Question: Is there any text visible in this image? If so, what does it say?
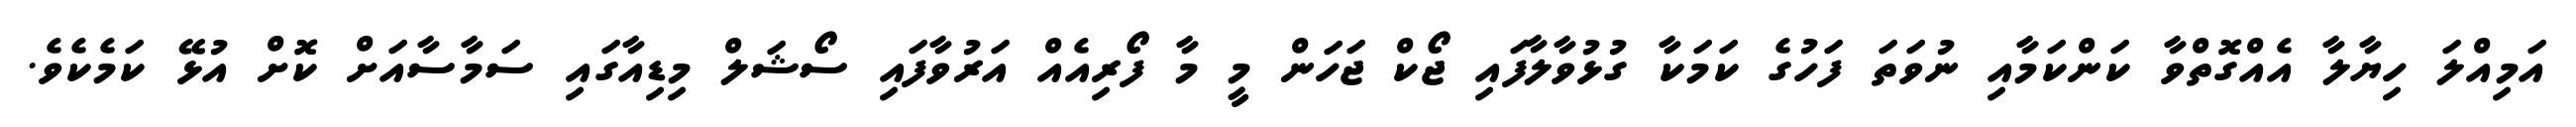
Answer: އަމިއްލަ ހިޔާލާ އެއްގޮތްވާ ކަންކަމާއި ނުވަތަ ފަހުގެ ކަމަކާ ގުޅުވާލާފައި ޖޯކް ޖަހަން މީ މާ ފޯރިއެއް އަރުވާފައި ސޯޝަލް މިޑިއާގައި ސަމާސާއަށް ކޮށް އުޅޭ ކަމެކެވެ.